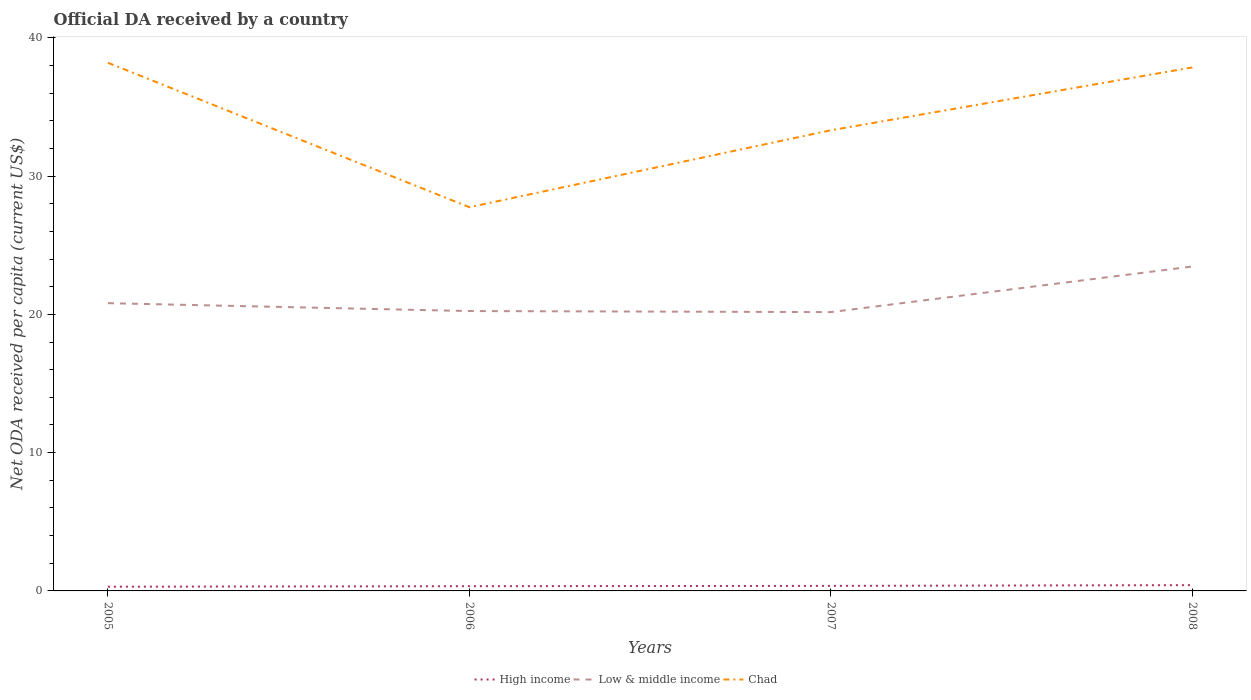
| Years | High income | Low & middle income | Chad |
 | --- | --- | --- | --- |
 | 2005 | 0.305 | 20.8 | 38.2 |
 | 2006 | 0.342 | 20.2 | 27.7 |
 | 2007 | 0.365 | 20.2 | 33.3 |
 | 2008 | 0.418 | 23.5 | 37.9 |